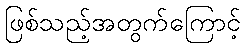
ဖြစ်သည့်အတွက်ကြောင့်